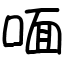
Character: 喕